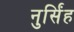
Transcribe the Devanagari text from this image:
नुर्सिंह